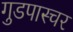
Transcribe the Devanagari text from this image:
गुडपास्चर